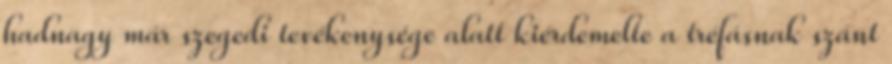
hadnagy már szegedi tevékenysége alatt kiérdemelte a tréfásnak szánt